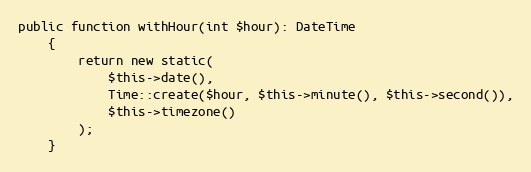
Language: PHP
public function withHour(int $hour): DateTime
    {
        return new static(
            $this->date(),
            Time::create($hour, $this->minute(), $this->second()),
            $this->timezone()
        );
    }